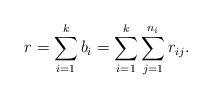
LaTeX: \begin{align*} r = \sum_{i=1}^k b_i = \sum_{i=1}^k \sum_{j=1}^{n_i} r_{ij}.\end{align*}